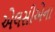
એલસીએના